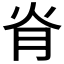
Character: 𦙊